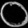
Digit: ၀